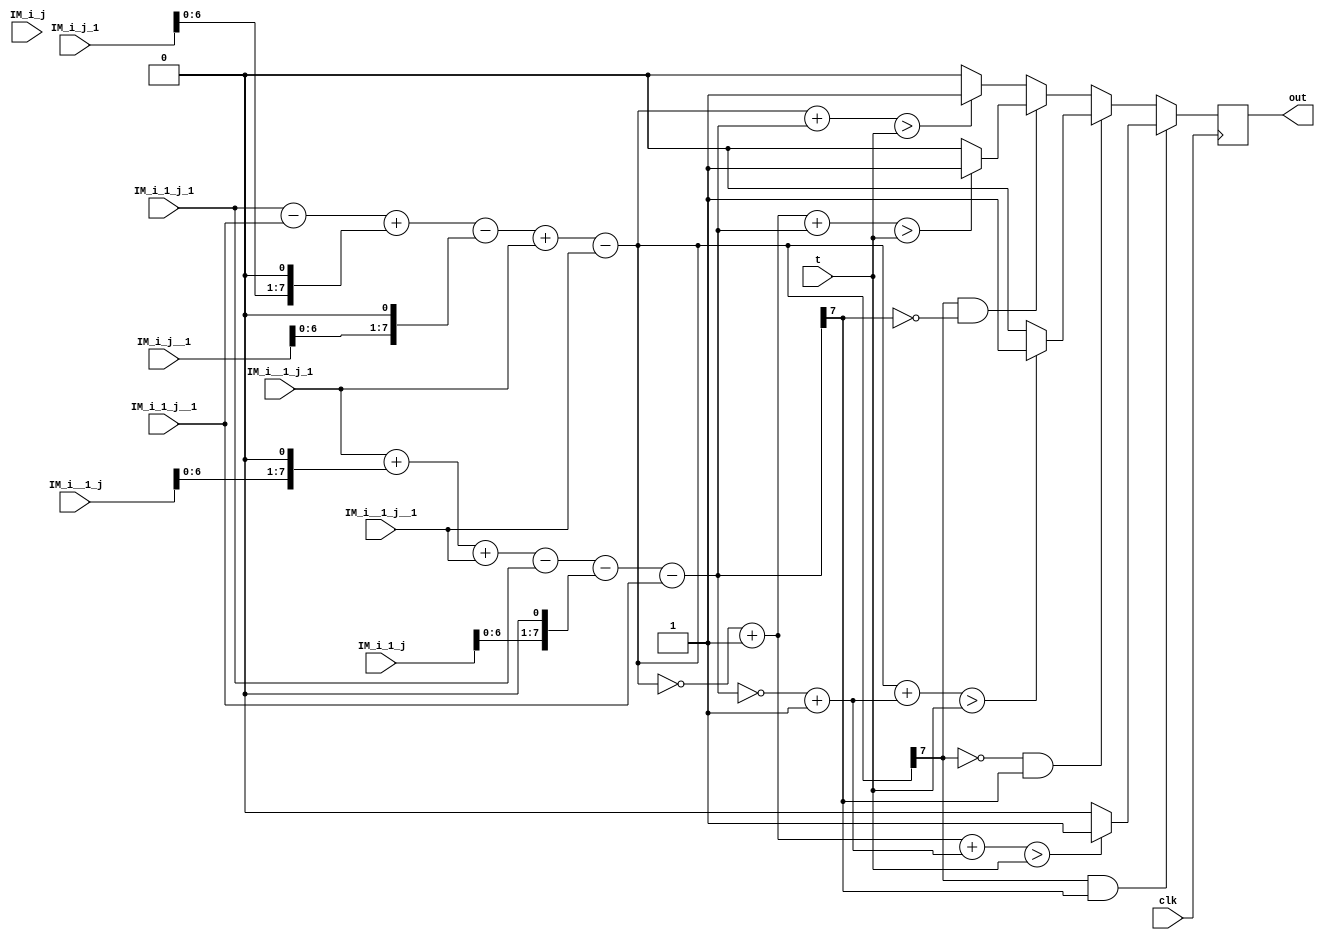
module ed_32(
    input clk,
	 input [7:0] t,
    input [7:0] IM_i_1_j_1,
    input [7:0] IM_i_1_j,
    input [7:0] IM_i_1_j__1,
    input [7:0] IM_i_j_1,
    input [7:0] IM_i_j,
    input [7:0] IM_i_j__1,
    input [7:0] IM_i__1_j_1,
    input [7:0] IM_i__1_j,
    input [7:0] IM_i__1_j__1,
    output reg out = 0
    );
wire [7:0] x;
wire [7:0] y;

wire [7:0] IM_i_1_j_M2 = {IM_i_1_j[6:0],1'b0};
wire [7:0] IM_i_j_1_M2 = {IM_i_j_1[6:0],1'b0};
wire [7:0] IM_i_j__1_M2 = {IM_i_j__1[6:0],1'b0};
wire [7:0] IM_i__1_j_M2 = {IM_i__1_j[6:0],1'b0};

wire[7:0] nxny = (~x+1) + (~y+1);
wire[7:0] xny = x + (~y+1);
wire[7:0] nxy = (~x+1) + y;
wire[7:0] xy = x + y;

assign x = IM_i_1_j_1 - IM_i_1_j__1 + IM_i_j_1_M2 - IM_i_j__1_M2 + IM_i__1_j_1 - IM_i__1_j__1;
assign y = IM_i__1_j_1 + IM_i__1_j_M2 + IM_i__1_j__1 - IM_i_1_j_1 - IM_i_1_j_M2 - IM_i_1_j__1;
		

always@(posedge clk)
begin
	if(x[7] && y[7])
	begin
		if(nxny > t)begin
			out = 1;
		end
		else
		begin
			out = 0;
		end
	end
	else if(!x[7] && y[7])
	begin
		if(xny > t)begin
			out = 1;
		end
		else
		begin
			out = 0;
		end
	
	end
	else if(x[7] && !y[7])
	begin
		if(nxy > t)begin
			out = 1;
		end
		else
		begin
			out = 0;
		end
	end
	else
	begin
		if(xy > t)begin
			out = 1;
		end
		else
		begin
			out = 0;
		end
	end
end




endmodule